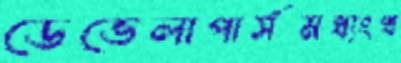
ডেভেলাপার্সমধ্যংখ